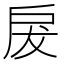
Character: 𭠃